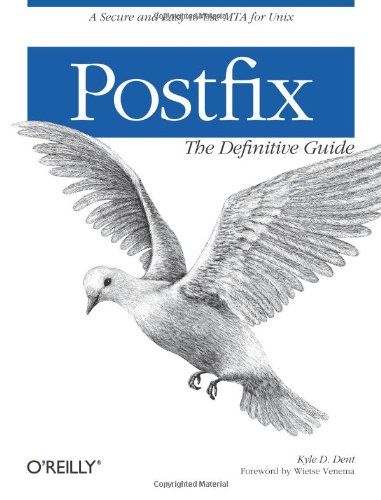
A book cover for Postfix: The Definitive Guide; Kyle D. Dent; Computers & Technology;